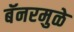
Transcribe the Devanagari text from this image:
बॅनरमुळे